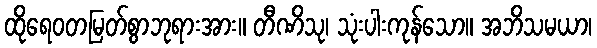
ထိုရေဝတမြတ်စွာဘုရားအား။ တီဏိသု၊ သုံးပါးကုန်သော။ အဘိသမယာ၊